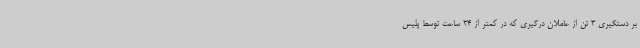
بر دستگیری 3 تن از عاملان درگیری که در کمتر از 24 ساعت توسط پلیس